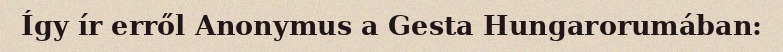
Így ír erről Anonymus a Gesta Hungarorumában: